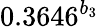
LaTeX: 0.3646^{b_{3}}